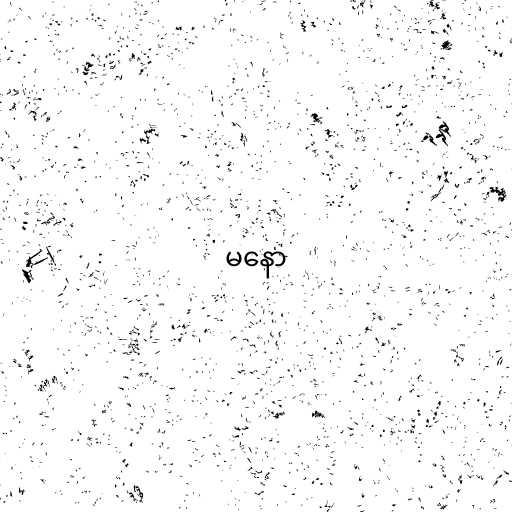
မနော